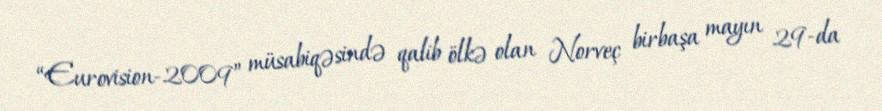
“Eurovision-2009” müsabiqəsində qalib ölkə olan Norveç birbaşa mayın 29-da